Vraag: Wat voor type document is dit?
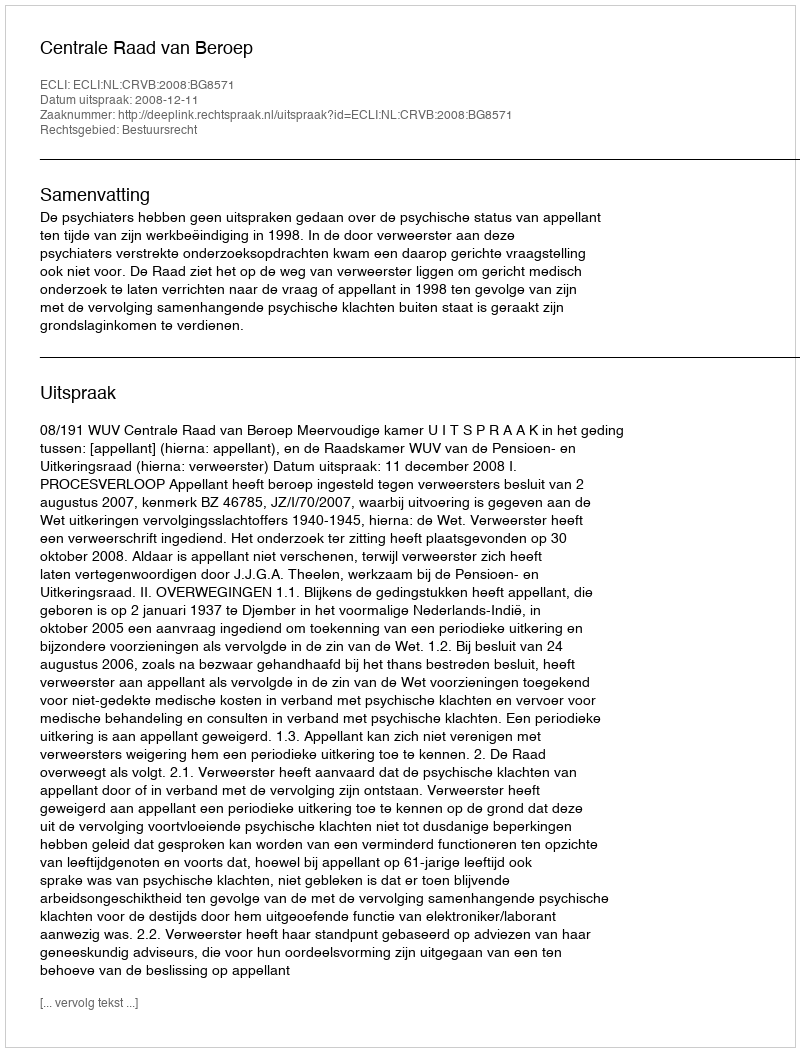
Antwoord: Uitspraak